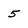
Character: 5